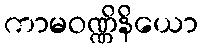
ကာမဝဏ္ဏိနိယော